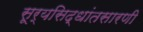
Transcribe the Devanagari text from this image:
सूर्यसिद्धांतसारणी